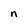
Character: n